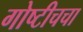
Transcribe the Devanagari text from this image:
गोष्टीचचा